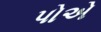
પોએ